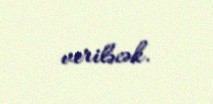
veriləcək.